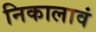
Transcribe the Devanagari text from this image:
निकालावं